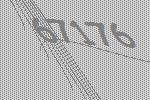
67176